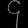
Digit: ၄